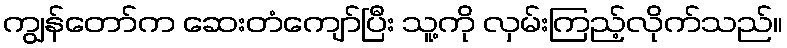
ကျွန်တော်က ဆေးတံကျော်ပြီး သူ့ကို လှမ်းကြည့်လိုက်သည်။